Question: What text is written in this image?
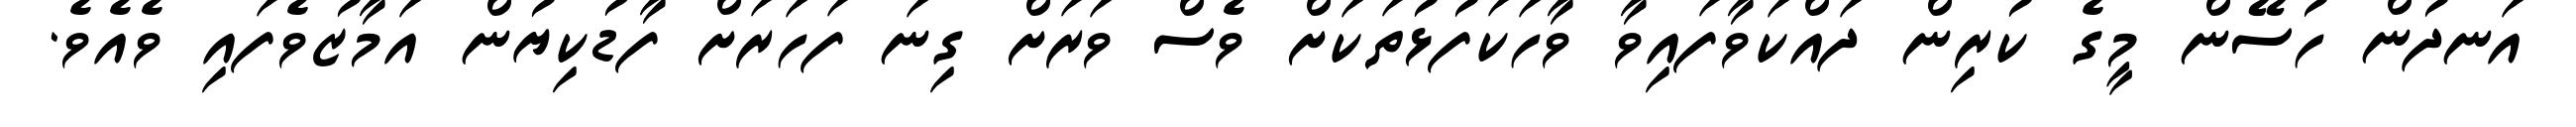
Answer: އަނދުން ހުސޭން މީގެ ކުރިން ދައްކަވާފައިވާ ވާހަކަފުޅުތަކަށް ވެސް ވަރަށް ގިނަ ފަހަރަށް ފާޑުކިޔުން އަމާޒުވެފައި ވެއެވެ.